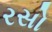
રસો